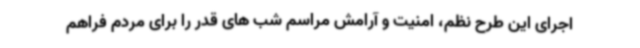
اجرای این طرح نظم، امنیت و آرامش مراسم شب های قدر را برای مردم فراهم